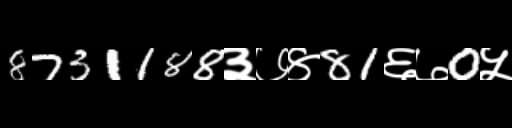
Text: 8731188३७४81६७0५